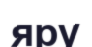
яру